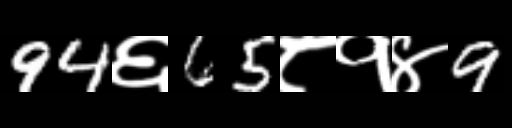
Text: 94६65८१४9